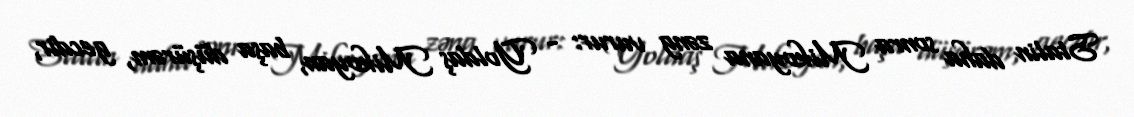
Stalin daha sonra Mikoyana zəng vurur: - Yoldaş Mikoyan, başa düşürəm, gecdir,